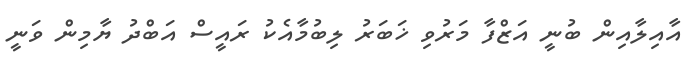
އާއިލާއިން ބުނީ އަޒްފާ މަރުވި ޚަބަރު ލިބުމާއެކު ރައީސް އަބްދު ޔާމިން ވަނީ